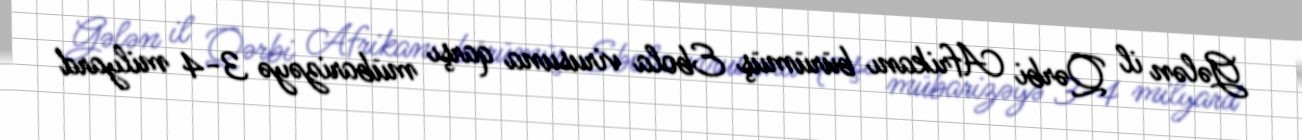
Gələn il Qərbi Afrikanı bürümüş Ebola virusuna qarşı mübarizəyə 3-4 milyard